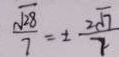
\frac { \sqrt { 2 8 } } { 7 } = \pm \frac { 2 \sqrt { 7 } } { 7 }